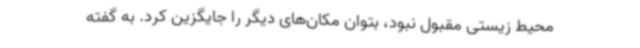
محیط زیستی مقبول نبود، بتوان مکان‌های دیگر را جایگزین کرد. به گفته